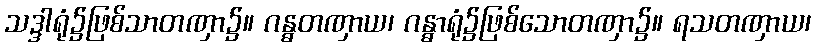
သဒ္ဒါရုံ၌ဖြစ်သာတဏှာ၌။ ဂန္ဓတဏှာယ၊ ဂန္ဓာရုံ၌ဖြစ်သောတဏှာ၌။ ရသတဏှာယ၊